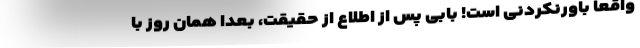
واقعاً باورنکردنی است! بابی پس از اطلاع از حقیقت، بعداً همان روز با